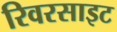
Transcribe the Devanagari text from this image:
रिवरसाइट